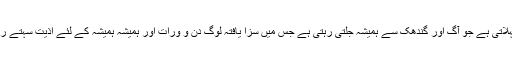
اور یہ آگ کی جھیل بھی کہلاتی ہے جو آگ اور گندھک سے ہمیشہ جلتی رہتی ہے جس میں سزا یافتہ لوگ دن و ورات اور ہمیشہ ہمیشہ کے لئے اذیت سہتے رہیں گے (مکاشفہ 20:10)۔